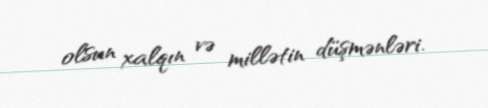
olsun xalqın və millətin düşmənləri.